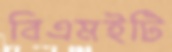
বিএমইটি